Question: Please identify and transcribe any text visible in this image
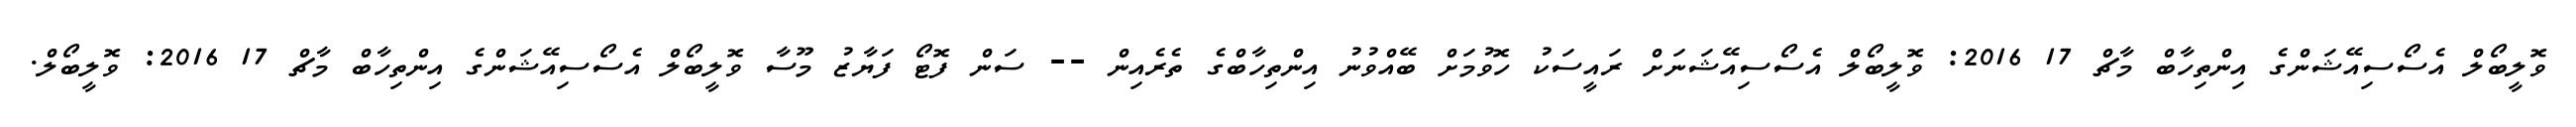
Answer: ވޮލީބޯލް އެސޯސިއޭޝަންގެ އިންތިހާބް މާޗް 17 2016: ވޮލީބޯލް އެސޯސިއޭޝަނަށް ރައީސަކު ހޮވުމަށް ބޭއްވުނު އިންތިހާބްގެ ތެރެއިން -- ސަން ފޮޓޯ ފަޔާޒު މޫސާ ވޮލީބޯލް އެސޯސިއޭޝަންގެ އިންތިހާބް މާޗް 17 2016: ވޮލީބޯލް.